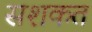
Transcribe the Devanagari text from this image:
सशकत